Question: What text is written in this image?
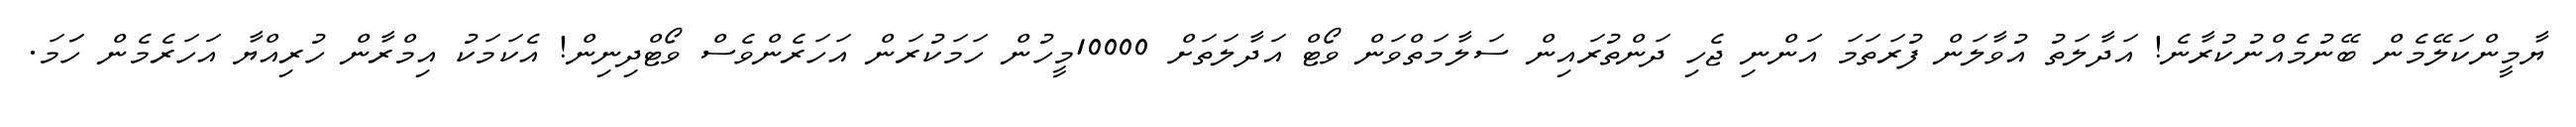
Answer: ޔާމީންކަލޭމެން ބޭނުމެއްނުކުރާނެ! އަދާލަތު އުވާލަން ފުރަތަމަ އަންނި ޖެހި ދަންތުރައިން ސަލާމަތްވަން ވޯޓް އަދާލަތަށް 10000މީހުން ހަމަކުރަން އަހަރެންވެސް ވޯޓްދިނިން! އެކަމަކު އިމްރާން ހުރިއްޔާ އަހަރެމެން ހަަމަ.